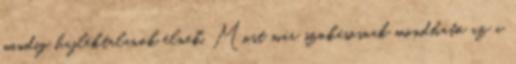
mindig hajléktalanok élnek. Most már szokásosnak mondható az a